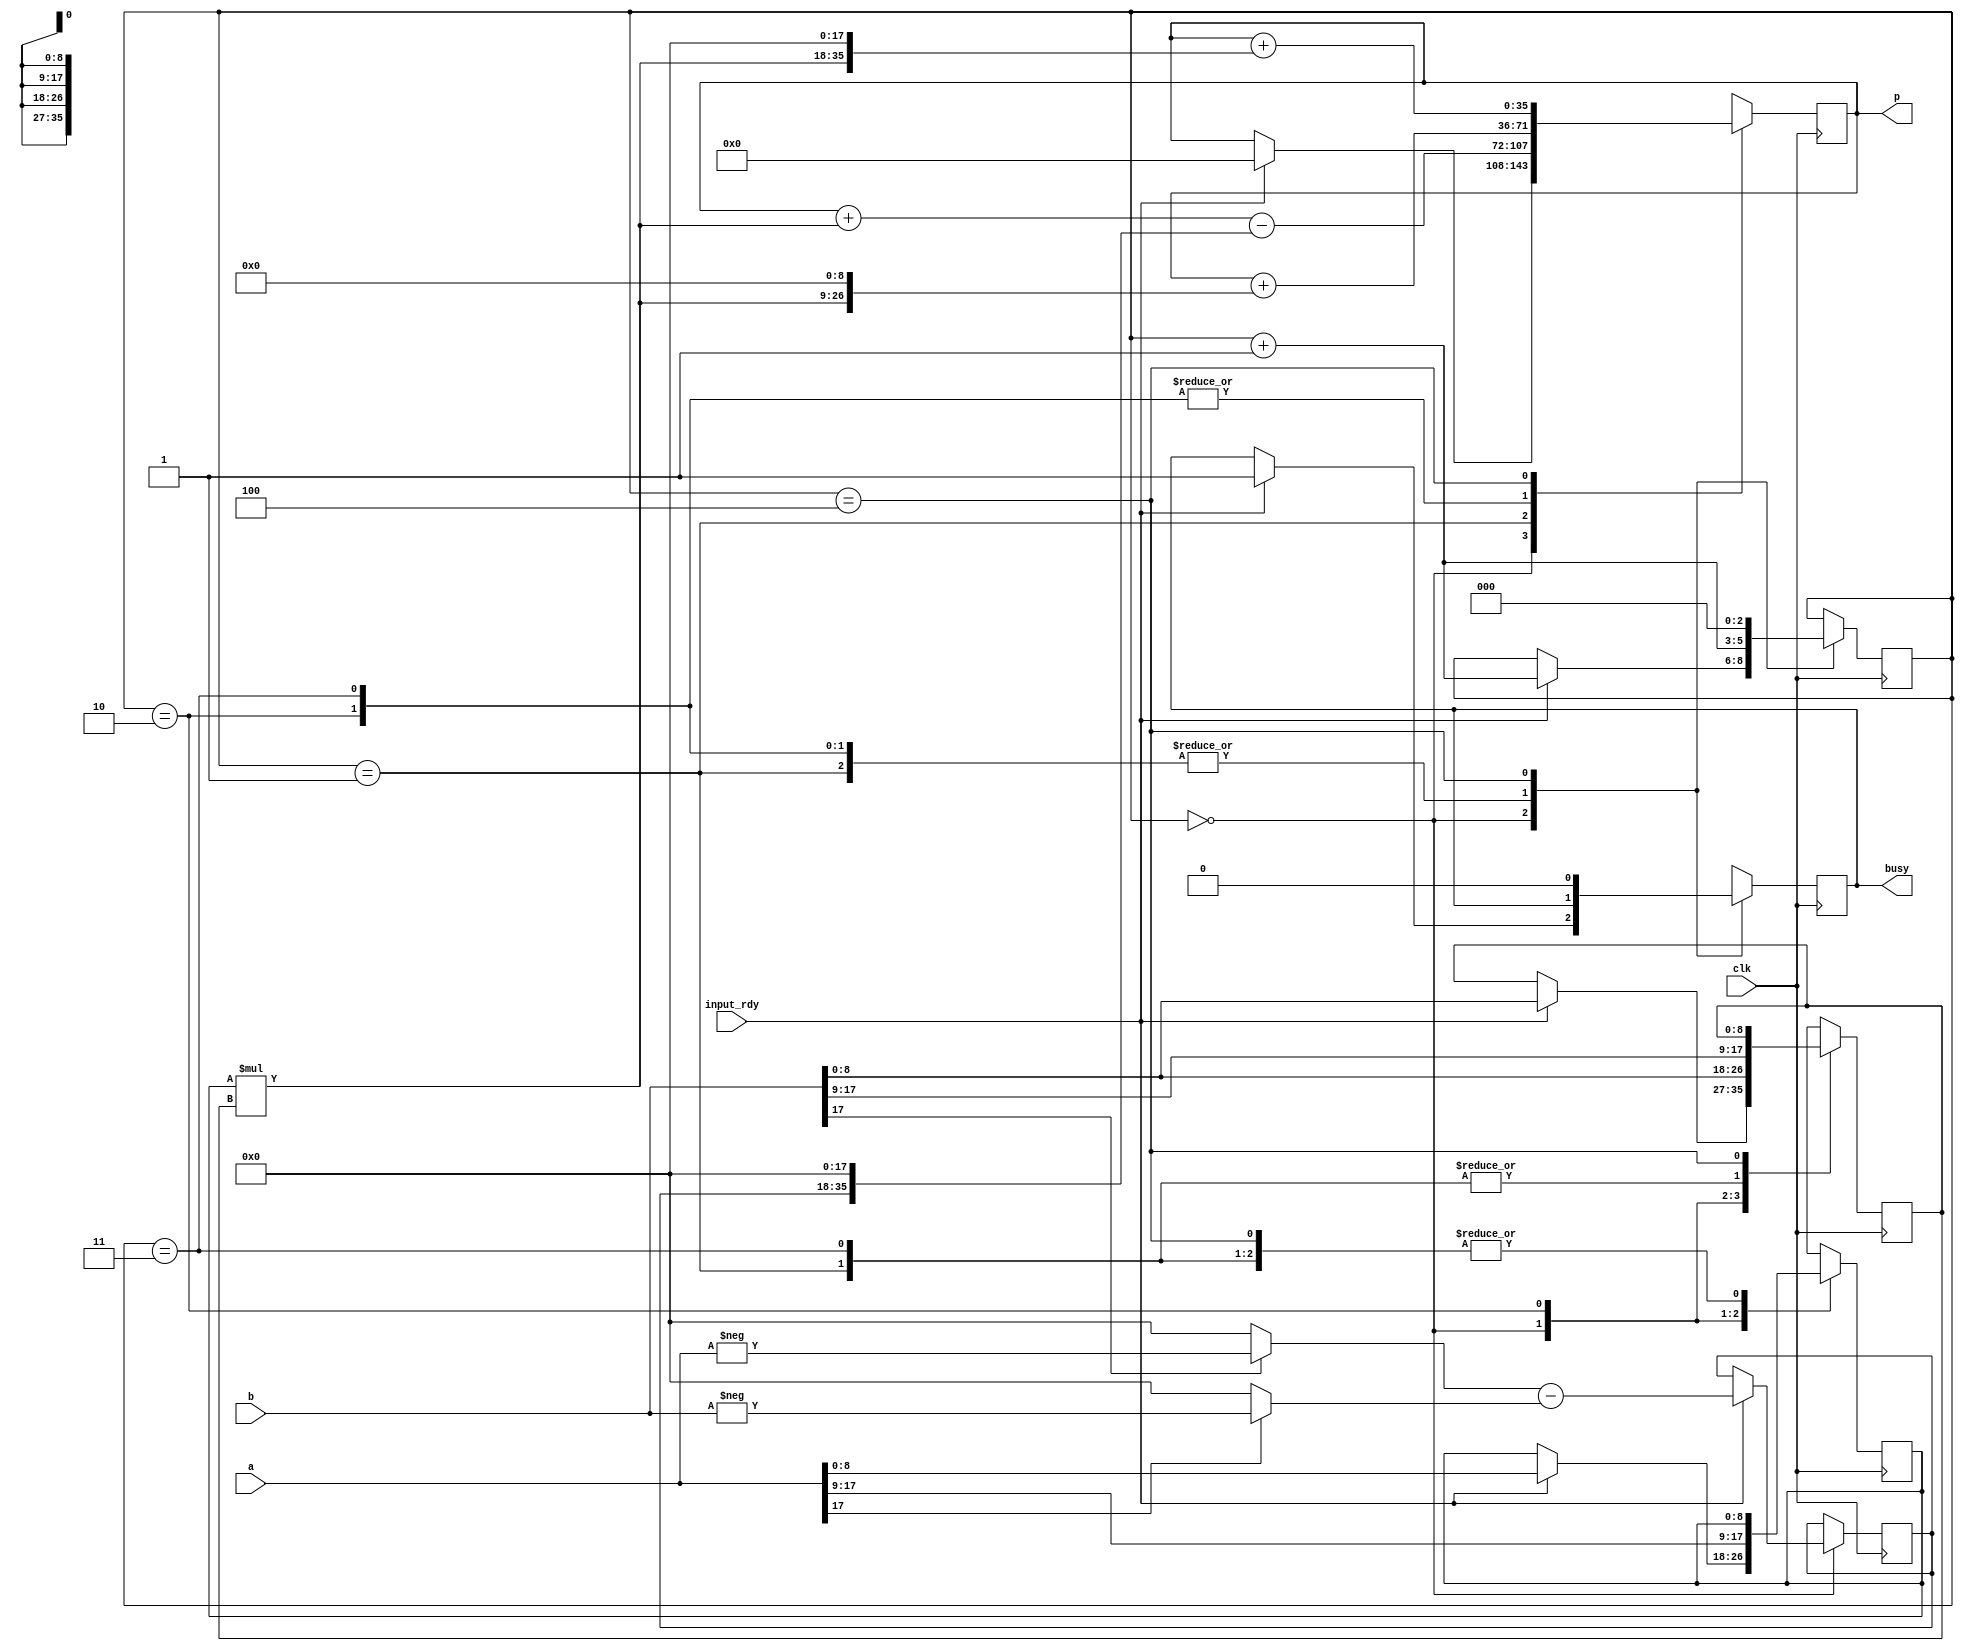
module pipelined_signed_18x18_multiplier(
  input clk,
  input input_rdy,
  input wire signed[17:0] a,
  input wire signed[17:0] b,
  output reg signed[35:0] p,
  output reg busy);

  reg signed [17:0] correction;
  reg [8:0] m1, m2;
  wire [17:0] p1;

  reg[2:0] state;
  assign p1 = m1 * m2;  /* 9x9 multiplier */

  localparam STATE_IDLE = 3'd0;

  initial begin
    state = STATE_IDLE;
    busy = 0;
  end

  always @(posedge clk) begin
    (* full_case, parallel_case *)
    case (state)
      STATE_IDLE: begin
        if (input_rdy) begin
          m1 = a[8:0];
          m2 = b[8:0];
          busy = 1'b1;
          p = 0;
          correction <= (b[17] ? -a : 0) - (a[17] ? -b : 0);
          state <= state + 1;
        end
      end
      3'd1: begin
        p <= p + p1 - (correction << 18);  // apply signedness correction factors;
        m2 = b[17:9];
        state <= state+1;
      end
      3'd2: begin
        p <= p + (p1 << 9);
        m1 = a[17:9];
        m2 = b[8:0];
        state <= state + 1;
      end
      3'd3: begin
        p <= p + (p1 << 9);
        m2 = b[17:9];
        state <= state+1;
      end
      3'd4: begin
        p <= p + (p1 << 18);
        busy <= 1'b0;
        state <= STATE_IDLE;
      end
    endcase
  end
endmodule